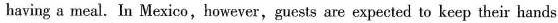
having a meal. In Mexico,however,guests are expected to keep their hands